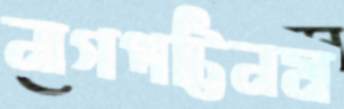
নাগপট্টিনম